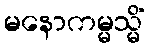
မနောကမ္မသ္မိံ